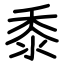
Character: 黍